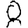
Digit: 8